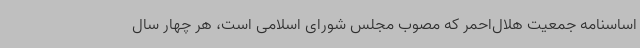
اساسنامه جمعیت هلال‌احمر که مصوب مجلس شورای اسلامی است، هر چهار سال